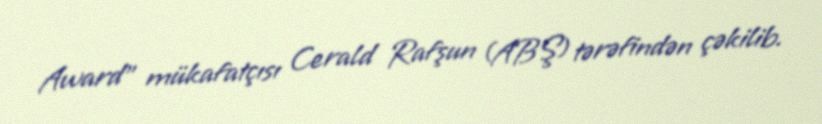
Award” mükafatçısı Cerald Rafşun (ABŞ) tərəfindən çəkilib.